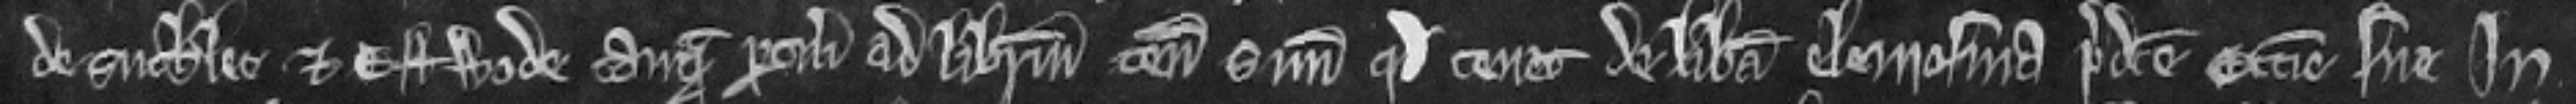
de Suthlet et Estwode tamquam pertinencia ad liberum tenementum suum quod tenet de libera elemosina predicte ecclesie sue In